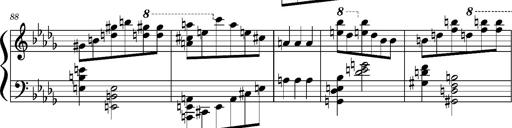
Title: Concerto sans orchestre, S.524a
Composer: Franz Liszt
Key: A major